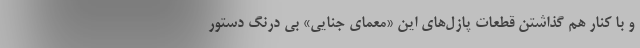
و با کنار هم گذاشتن قطعات پازل‌های این «معمای جنایی» بی درنگ دستور